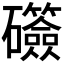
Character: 𬒫